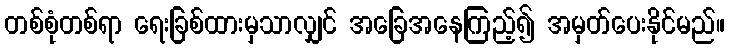
တစ်စုံတစ်ရာ ရေးခြစ်ထားမှသာလျှင် အခြေအနေကြည့်၍ အမှတ်ပေးနိုင်မည်။